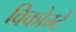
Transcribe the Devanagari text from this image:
विकोम्‍टे